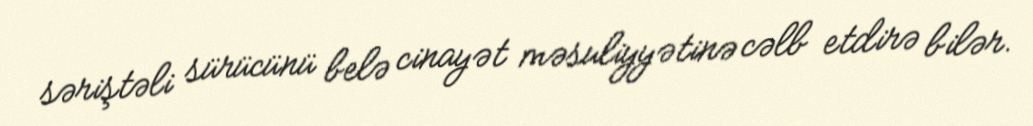
səriştəli sürücünü belə cinayət məsuliyyətinə cəlb etdirə bilər.